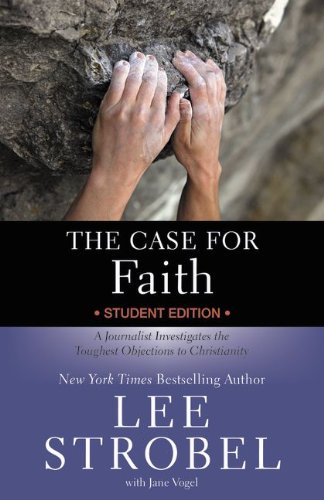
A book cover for The Case for Faith Student Edition: A Journalist Investigates the Toughest Objections to Christianity (Case for ... Series for Students); Lee Strobel; Christian Books & Bibles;